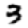
Digit: 3